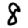
Digit: 8